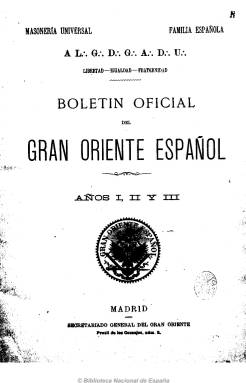
Título: Boletín oficial del Gran Oriente Español
Otros títulos: Boletín oficial del Grande Oriente Español || Boletín del Grande Oriente Español
Colección: Masonería
Ámbito geográfico: Madrid
Lugar de publicación: Madrid
Fechas: 01/07/1889-31/12/1912

Publicación oficial de la obediencia masónica hegemónica en España nacida, tras la dimisión de Manuel Becerra, de la unión del Gran Oriente de España y el Gran Oriente Nacional Español, que llevará a cabo la reforma acontecida en estos años en el campo de la masonería española, y que es capitaneada por Miguel Morayta, como gran maestre, y Juan López Parra. En sus primeros años la publicación estará dirigida por el “gran secretario general” Joaquín Ruiz Vergara.

Sustituirá al que venía siendo único órgano oficial desde mayo de 1889: El simbolismo. En su cabecera aparecen las leyendas “masonería universal” y “familia española” y su subtítulo estará formado por “Libertad, igualdad y fraternidad”. De entre cuatro y ocho páginas, será una publicación quincenal, que aparece los días 1 y 15 de cada mes. Sus textos estarán plagados de abreviaturas y sus redactores escribirán bajo su nombre simbólico o con seudónimos.

Está dividida en dos secciones. La “parte oficial”, en donde se publican las actas de las asambleas y sesiones, normas, decretos, circulares, acuerdos, reglamentos, nombramientos, cuentas, movimientos de altas y bajas, adhesiones, afiliaciones, distinciones, elecciones, memorias, “sentencias judiciales”, relaciones exteriores, socorros, escuela masónica, etc. Y la “parte no oficial”, en donde se da cabida a artículos y a informaciones sobre la masonería en el extranjero, en concreto de los consejos regionales de Cuba, Filipinas y Puerto Rico, en un momento en que se asiste a los conflictos armados de independencia de las últimas colonias españolas en ultramar, que dará lugar a requisamientos gubernativos de sus archivos centrales en Madrid. También inserta anuncios comerciales.

El Gran Oriente Español, aunque no oficialmente, tenía una estructura federal. Esta publicación será continuada por el Boletín oficial y revista masónica del Supremo Consejo de Grado 33 para España y sus dependencias (1922-1935)